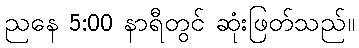
ညနေ 5:00 နာရီတွင် ဆုံးဖြတ်သည်။